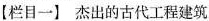
【栏目一】杰出的古代工程建筑